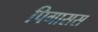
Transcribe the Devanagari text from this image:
पिगासस